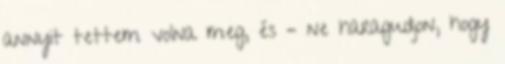
annyit tettem volna meg, és – ne haragudjon, hogy